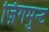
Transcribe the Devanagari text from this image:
ज़िगमुन्ट